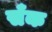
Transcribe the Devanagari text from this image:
सँक